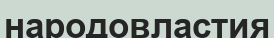
народовластия